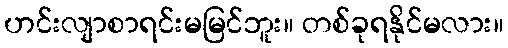
ဟင်းလျာစာရင်းမမြင်ဘူး။ တစ်ခုရနိုင်မလား။